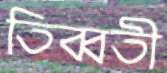
তিব্বতী